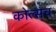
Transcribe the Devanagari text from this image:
कोल्सच